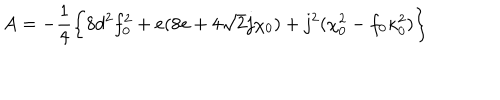
A = - { \frac { 1 } { 4 } } \biggl \{ 8 d ^ { 2 } f _ { 0 } ^ { 2 } + e ( 8 e + 4 \sqrt 2 j \chi _ { 0 } ) + j ^ { 2 } ( \chi _ { 0 } ^ { 2 } - f _ { 0 } \kappa _ { 0 } ^ { 2 } ) \biggr \}